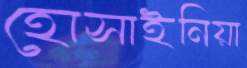
হোসাইনিয়া